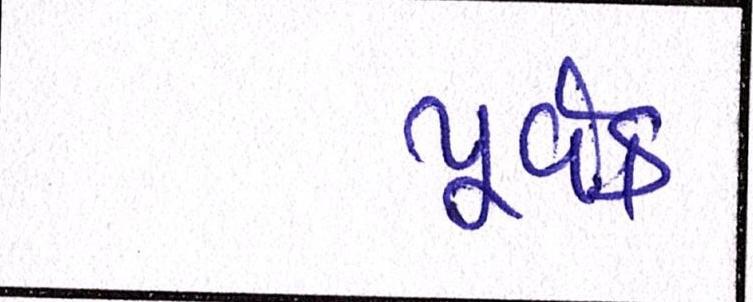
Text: પૂર્વક